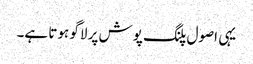
یہی اصول پلنگ پوش پر لاگو ہوتا ہے۔